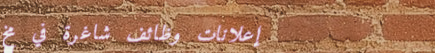
إعلانات وظائف شاغرة في مخ